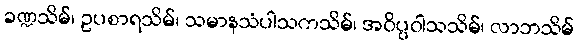
ခဏ္ဍသိမ်၊ ဥပစာရသိမ်၊ သမာနသံပါသကသိမ်၊ အဝိပ္ပဝါသသိမ်၊ လာဘသိမ်